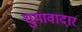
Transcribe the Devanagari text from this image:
घुमावादार